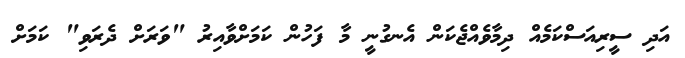
އަދި ސީރިއަސްކަމެއް ދިމާވެއްޖެކަން އެނގުނީ މާ ފަހުން ކަމަށްވާއިރު "ވަރަށް ދެރަވި" ކަމަށް